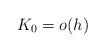
LaTeX: \begin{align*}K_0=o(h)\end{align*}